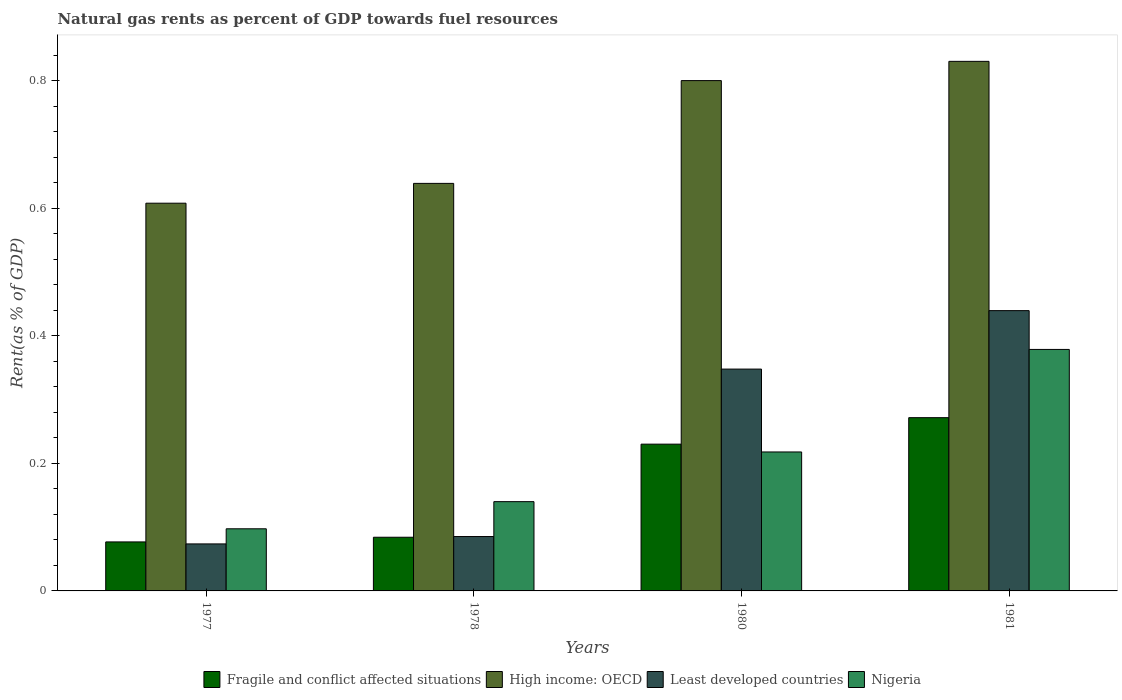
| Years | Fragile and conflict affected situations | High income: OECD | Least developed countries | Nigeria |
 | --- | --- | --- | --- | --- |
 | 1977 | 0.0768 | 0.608 | 0.0737 | 0.0974 |
 | 1978 | 0.0842 | 0.639 | 0.0853 | 0.14 |
 | 1980 | 0.23 | 0.8 | 0.348 | 0.218 |
 | 1981 | 0.272 | 0.83 | 0.439 | 0.379 |